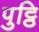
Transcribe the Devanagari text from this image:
पुट्ठि